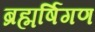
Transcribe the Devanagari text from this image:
ब्रह्मर्षिगण